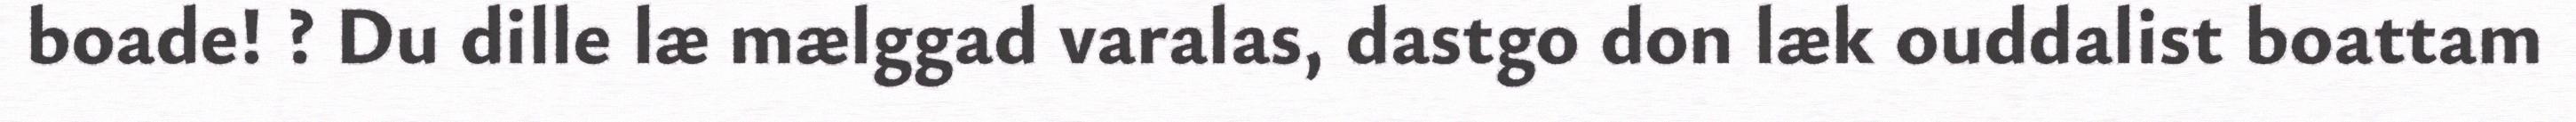
boade! ? Du dille læ mælggad varalas, dastgo don læk ouddalist boattam